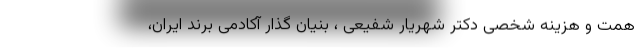
همت و هزینه شخصی دکتر شهریار شفیعی ، بنیان گذار آکادمی برند ایران،